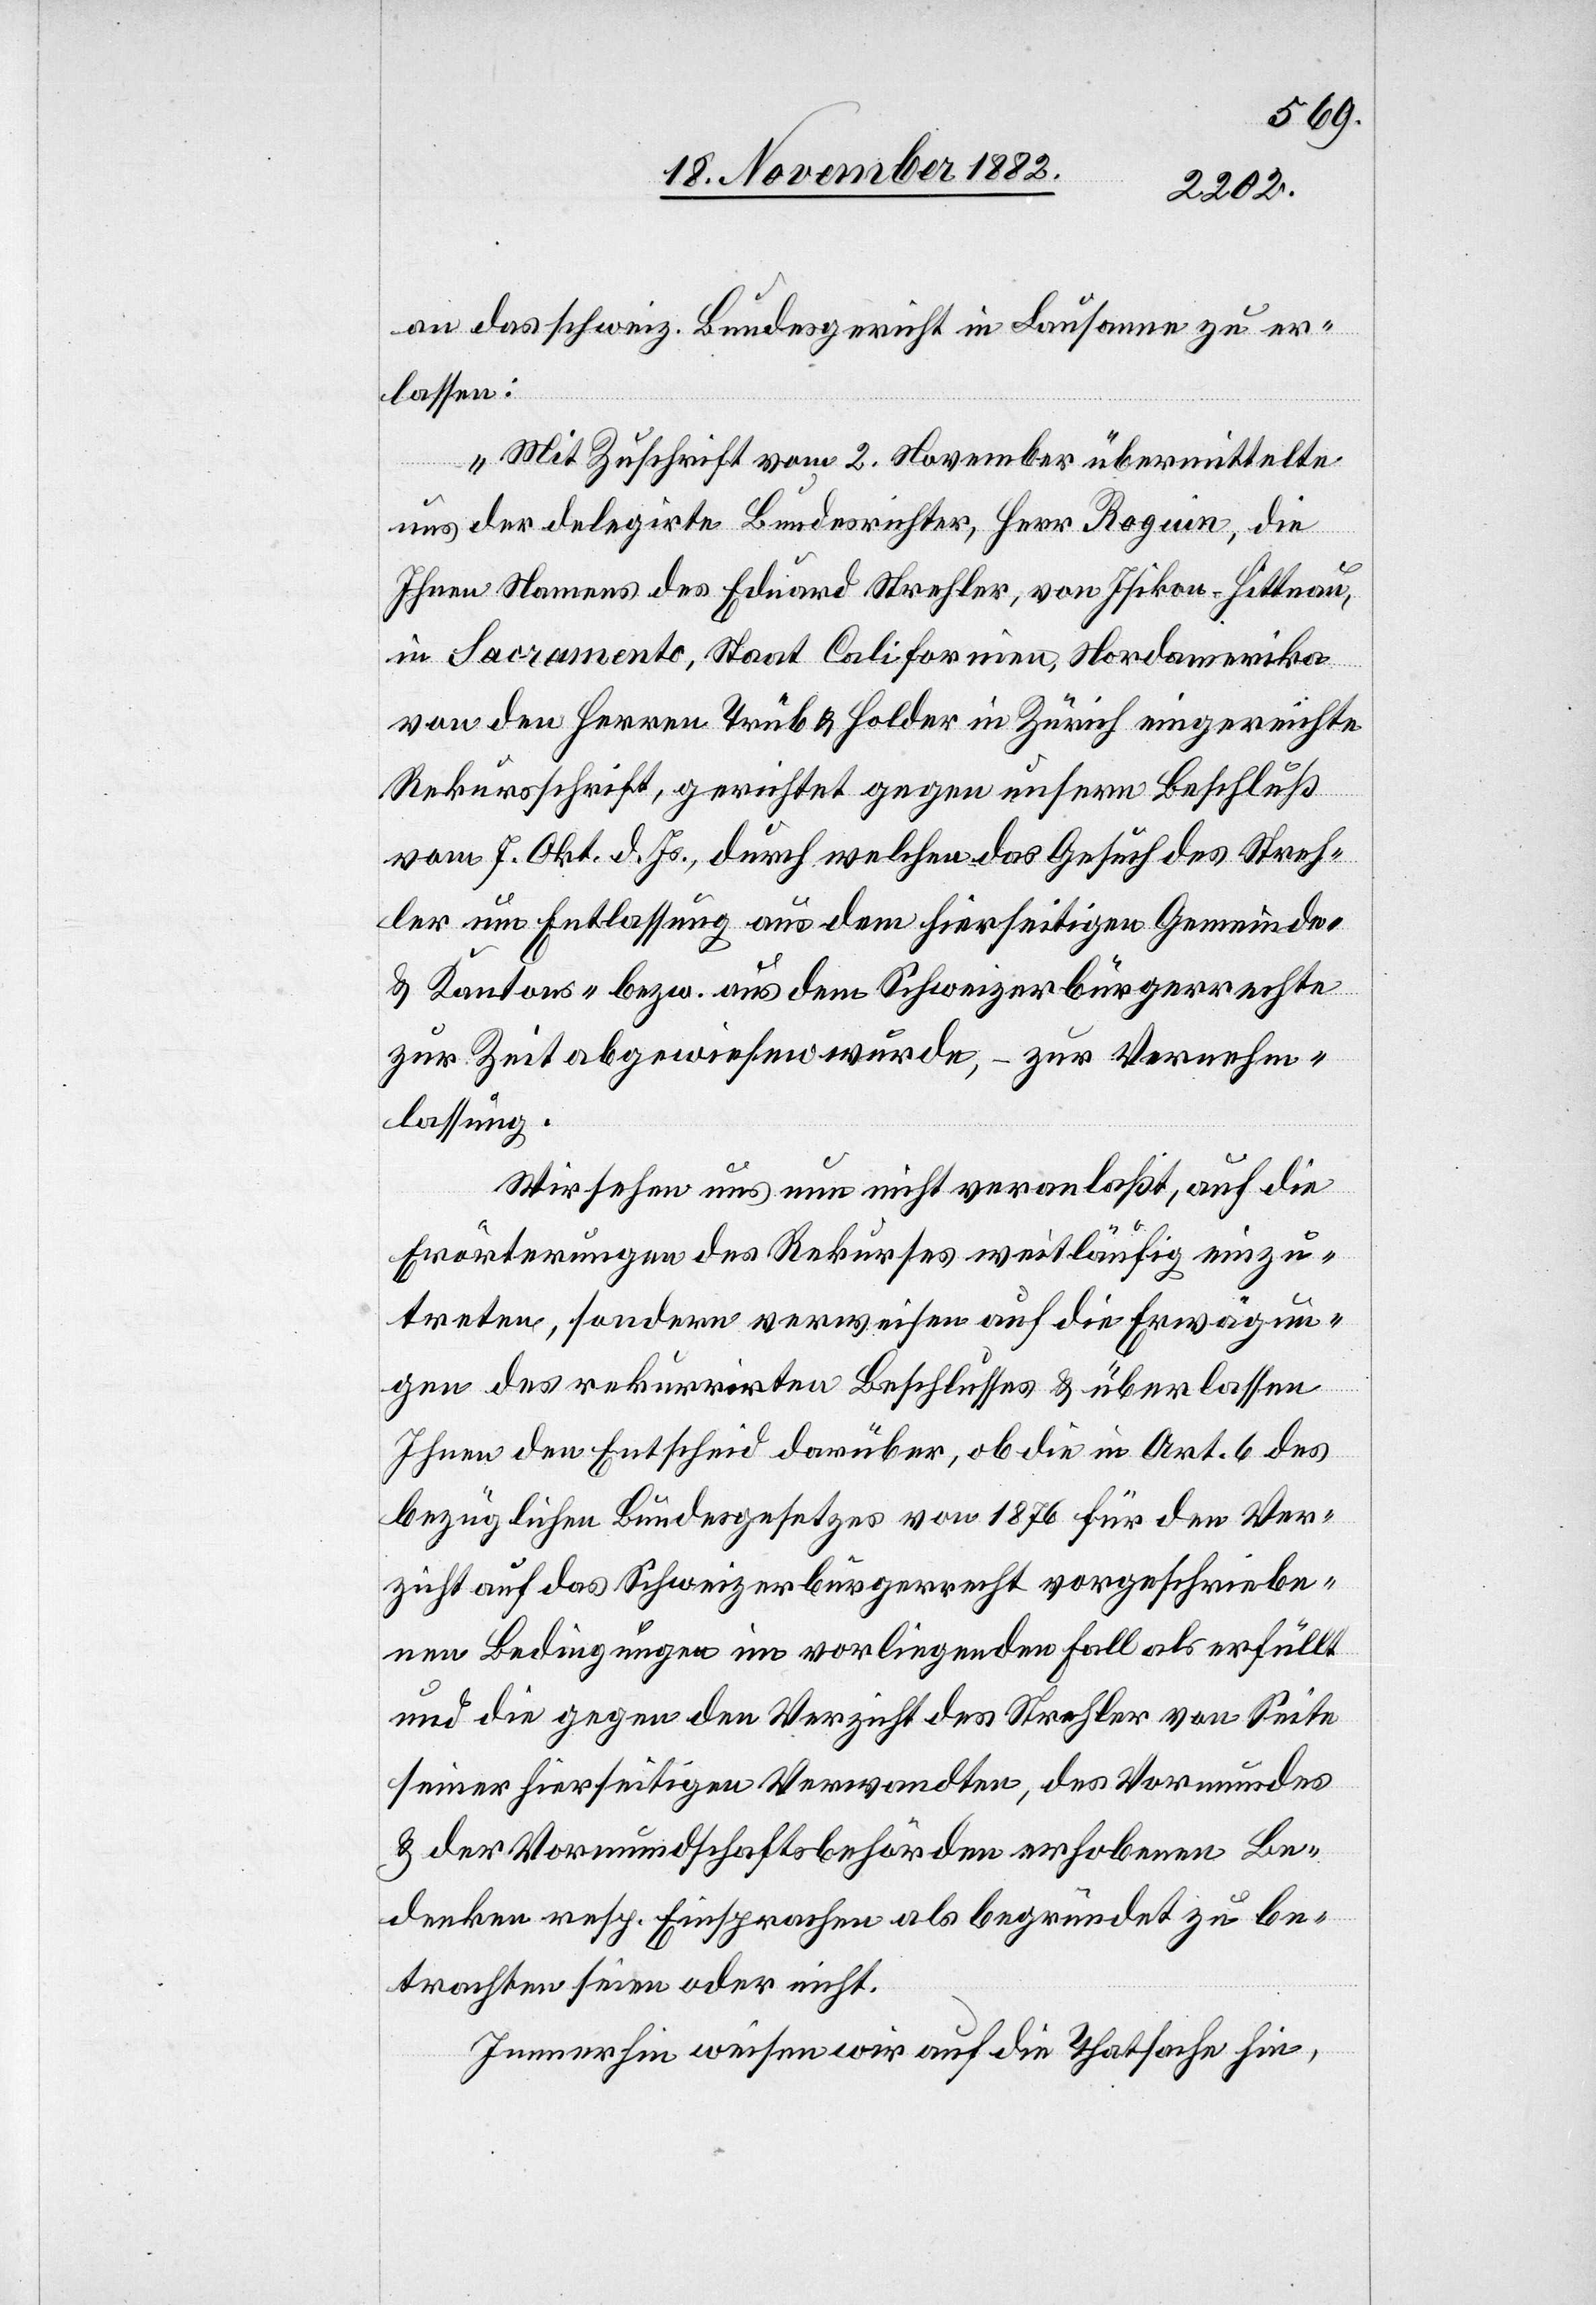
an das schweiz. Bundesgericht in Lausanne zu er¬
lassen:
„Mit Zuschrift vom 2. November übermittelte
uns der delegirte Bundesrichter, Herr Roguin, die
Ihnen Namens des Eduard Strehler, von Isikon - Hittnau,
in Sacramento, Staat Californien, Nordamerika
von den Herren Trüb & Holder in Zürich eingereichte
Rekursschrift, gerichtet gegen unsern Beschluß
vom 7. Okt. d. Js., durch welchen das Gesuch des Streh¬
ler um Entlassung aus dem hierseitigen Gemeinde-
& Kanton- bezw. aus dem Schweizerbürgerrechte
zur Zeit abgewiesen wurde, – zur Vernehm¬
lassung.
Wir sehen uns nun nicht veranlaßt, auf die
Erörterungen des Rekurses weitläufig einzu¬
treten, sondern verweisen auf die Erwägun¬
gen des rekurrirten Beschlusses & überlassen
Ihnen den Entscheid darüber, ob die in Art. 6 des
bezüglichen Bundesgesetzes von 1876 für den Ver¬
zicht auf das Schweizerbürgerrecht vorgeschriebe¬
nen Bedingungen im vorliegenden Fall als erfüllt
und die gegen den Verzicht des Strehler von Seite
seiner hierseitigen Verwandten, des Vormundes
& der Vormundschaftsbehörden erhobenen Be¬
denken resp. Einsprachen als begründet zu be¬
trachten seien oder nicht.
Immerhin weisen wir auf die Thatsache hin,